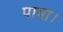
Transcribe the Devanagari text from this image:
पावा।